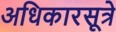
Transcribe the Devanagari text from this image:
अधिकारसूत्रे